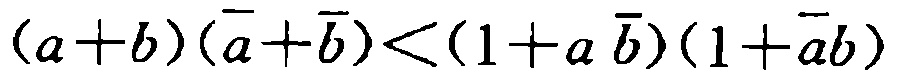
\((a + b)(\overline{a}+\overline{b})<(1 + a\overline{b})(1+\overline{a}b)\)